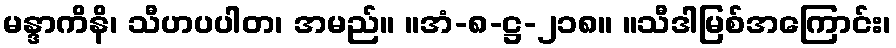
မန္ဒာကိနိ၊ သီဟပပါတ၊ အမည်။ ။အံ-၈-ဋ္ဌ-၂၁၈။ ။သီဒါမြစ်အကြောင်း၊